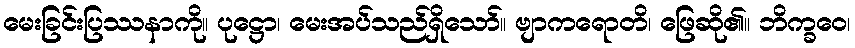
မေးခြင်းပြဿနာကို။ ပုဋ္ဌော၊ မေးအပ်သည်ရှိသော်။ ဗျာကရောတိ၊ ဖြေဆို၏။ ဘိက္ခဝေ၊